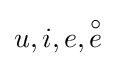
u,i,e,{\overset {\circ }{e}}